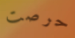
حرصت